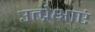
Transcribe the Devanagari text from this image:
उत्प्रेक्षाएं